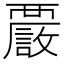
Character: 𧠂